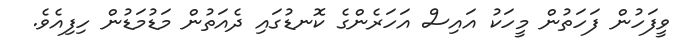
ވީފަހުން ފަހަތުން މީހަކު އައިސް އަހަރެންގެ ކޮނޑުގައި ދެއަތުން މަޑުމަޑުން ހިފިއެވެ.